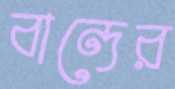
বান্দের